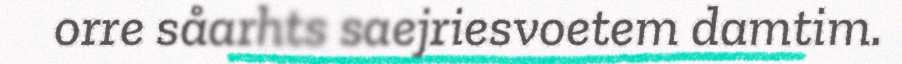
orre såarhts saejriesvoetem damtim.